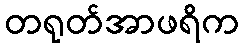
တရုတ်အာဖရိက